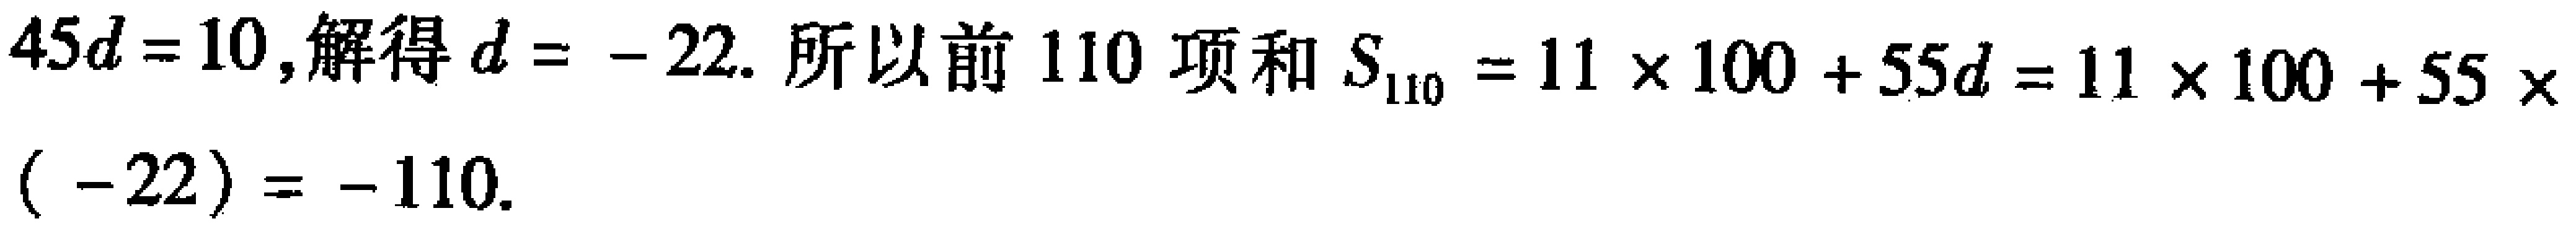
\(45d = 10\),解得\(d = - 22\). 所以前\(110\)项和\(S_{110}=11\times100 + 55d=11\times100 + 55\times(-22)= - 110\).